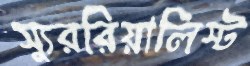
স্যুররিয়ালিস্ট